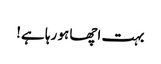
بہت اچھا ہو رہا ہے!